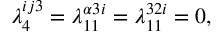
\lambda _ { 4 } ^ { i j 3 } = \lambda _ { 1 1 } ^ { \alpha 3 i } = \lambda _ { 1 1 } ^ { 3 2 i } = 0 ,